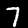
Label: 7